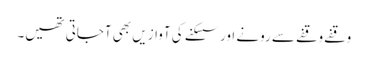
وقفے وقفے سے رونے اور سسکنے کی آوازیں بھی آجاتی تھیں۔